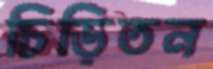
চিড়িতন